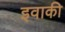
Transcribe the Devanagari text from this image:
इवाकी